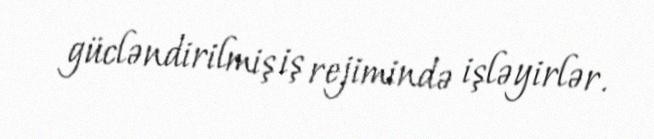
gücləndirilmiş iş rejimində işləyirlər.